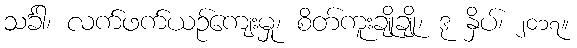
သင်္ခါ၊ လက်ဖက်ယဉ်ကျေးမှု၊ စိတ်ကူးချိုချို၊ ဒု နှိပ်၊ ၂၀၁၇။